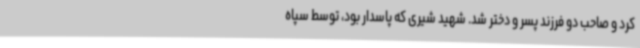
کرد و صاحب دو فرزند پسر و دختر شد. شهید شیری که پاسدار بود، توسط سپاه